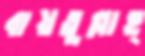
বায়তুল্লাহ্